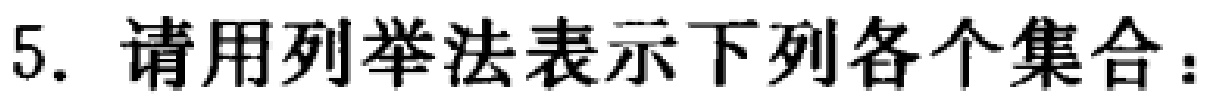
5. 请用列举法表示下列各个集合：